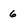
Character: 6